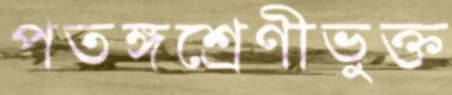
পতঙ্গশ্রেণীভুক্ত